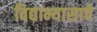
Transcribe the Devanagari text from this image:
विद्याभ्यासाचे